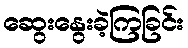
ဆွေးနွေးခဲ့ကြခြင်း